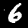
Digit: 6